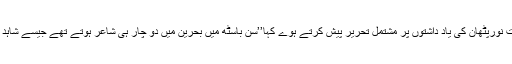
ا حمدعادل نے جناب شاہدنجیب آبادی کے قریبی دوست نورپٹھان کی یاد داشتوں پر مشتمل تحریر پیش کرتے ہوے کہا’’سن باسٹھ میں بحرین میں دو چار ہی شاعر ہوتے تھے جیسے شاہد بھائی ، جمیل جعفری، عزیز جعفری، شجعی جعفری۔